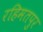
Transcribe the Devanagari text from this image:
रहिमतपुर